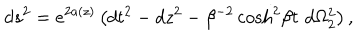
d s ^ { 2 } = e ^ { 2 a ( z ) } \left( d t ^ { 2 } - d z ^ { 2 } - \beta ^ { - 2 } \cosh ^ { 2 } \! \beta t \, \, d \Omega _ { 2 } ^ { 2 } \right) ,